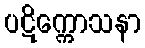
ပဋိက္ကောသနာ